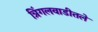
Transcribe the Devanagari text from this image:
त्रिंगलवाडीतले